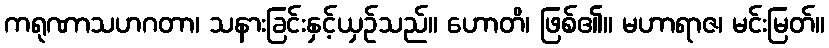
ကရုဏာသဟဂတာ၊ သနားခြင်းနှင့်ယှဉ်သည်။ ဟောတိ၊ ဖြစ်၏။ မဟာရာဇ၊ မင်းမြတ်။